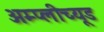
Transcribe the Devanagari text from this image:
अम्प्लीच्यूड